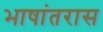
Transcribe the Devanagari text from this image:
भाषांतरास